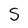
Character: S